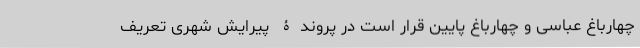
چهارباغ عباسی و چهارباغ پایین قرار است در پروندۀ پیرایش شهری تعریف